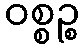
ဝစ္စဉ္စ